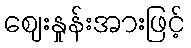
ဈေးနှုန်းအားဖြင့်